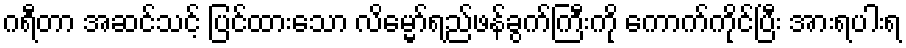
ဂရီတာ အဆင်သင့် ပြင်ထားသော လိမ္မော်ရည်ဖန်ခွက်ကြီးကို ကောက်ကိုင်ပြီး အားရပါးရ